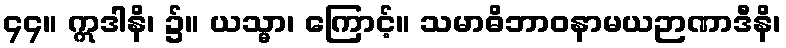
၄၄။ ဣဒါနိ၊ ၌။ ယသ္မာ၊ ကြောင့်။ သမာဓိဘာဝနာမယဉာဏာဒီနိ၊